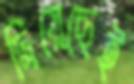
দিয়েছেই